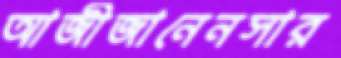
আজীজানেনসার